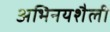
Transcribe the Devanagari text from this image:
अभिनयशैली